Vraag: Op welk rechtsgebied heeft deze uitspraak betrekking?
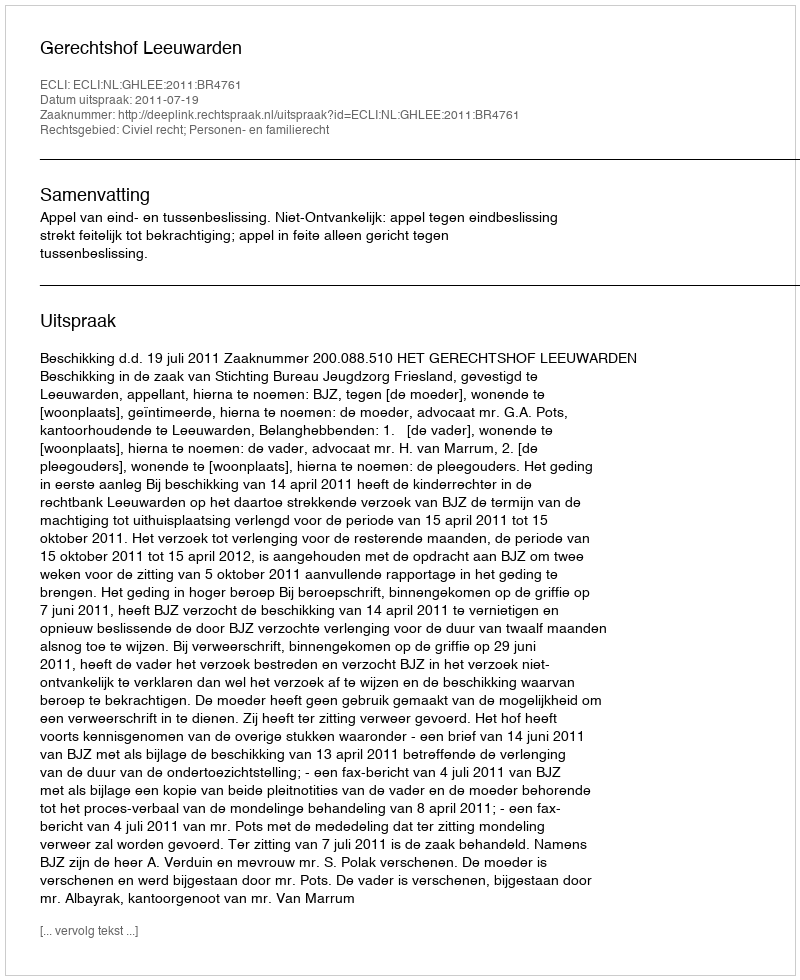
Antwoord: Civiel recht; Personen- en familierecht